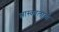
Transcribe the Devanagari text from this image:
त्लास्कालाची